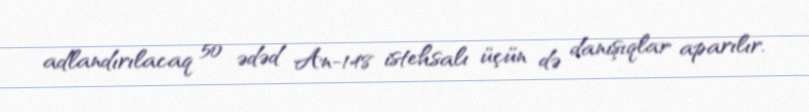
adlandırılacaq 50 ədəd An-148 istehsalı üçün də danışıqlar aparılır.